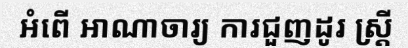
អំពើ អាណាចារ្យ ការជួញដូរ ស្ត្រី